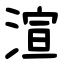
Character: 渲